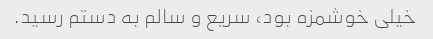
خیلی خوشمزه بود، سریع و سالم به دستم رسید.